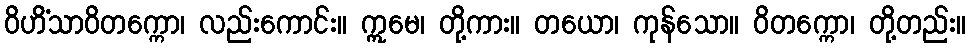
ဝိဟိံသာဝိတက္ကော၊ လည်းကောင်း။ ဣမေ၊ တို့ကား။ တယော၊ ကုန်သော။ ဝိတက္ကော၊ တို့တည်း။